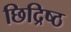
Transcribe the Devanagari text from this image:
छिद्रिष्ठ